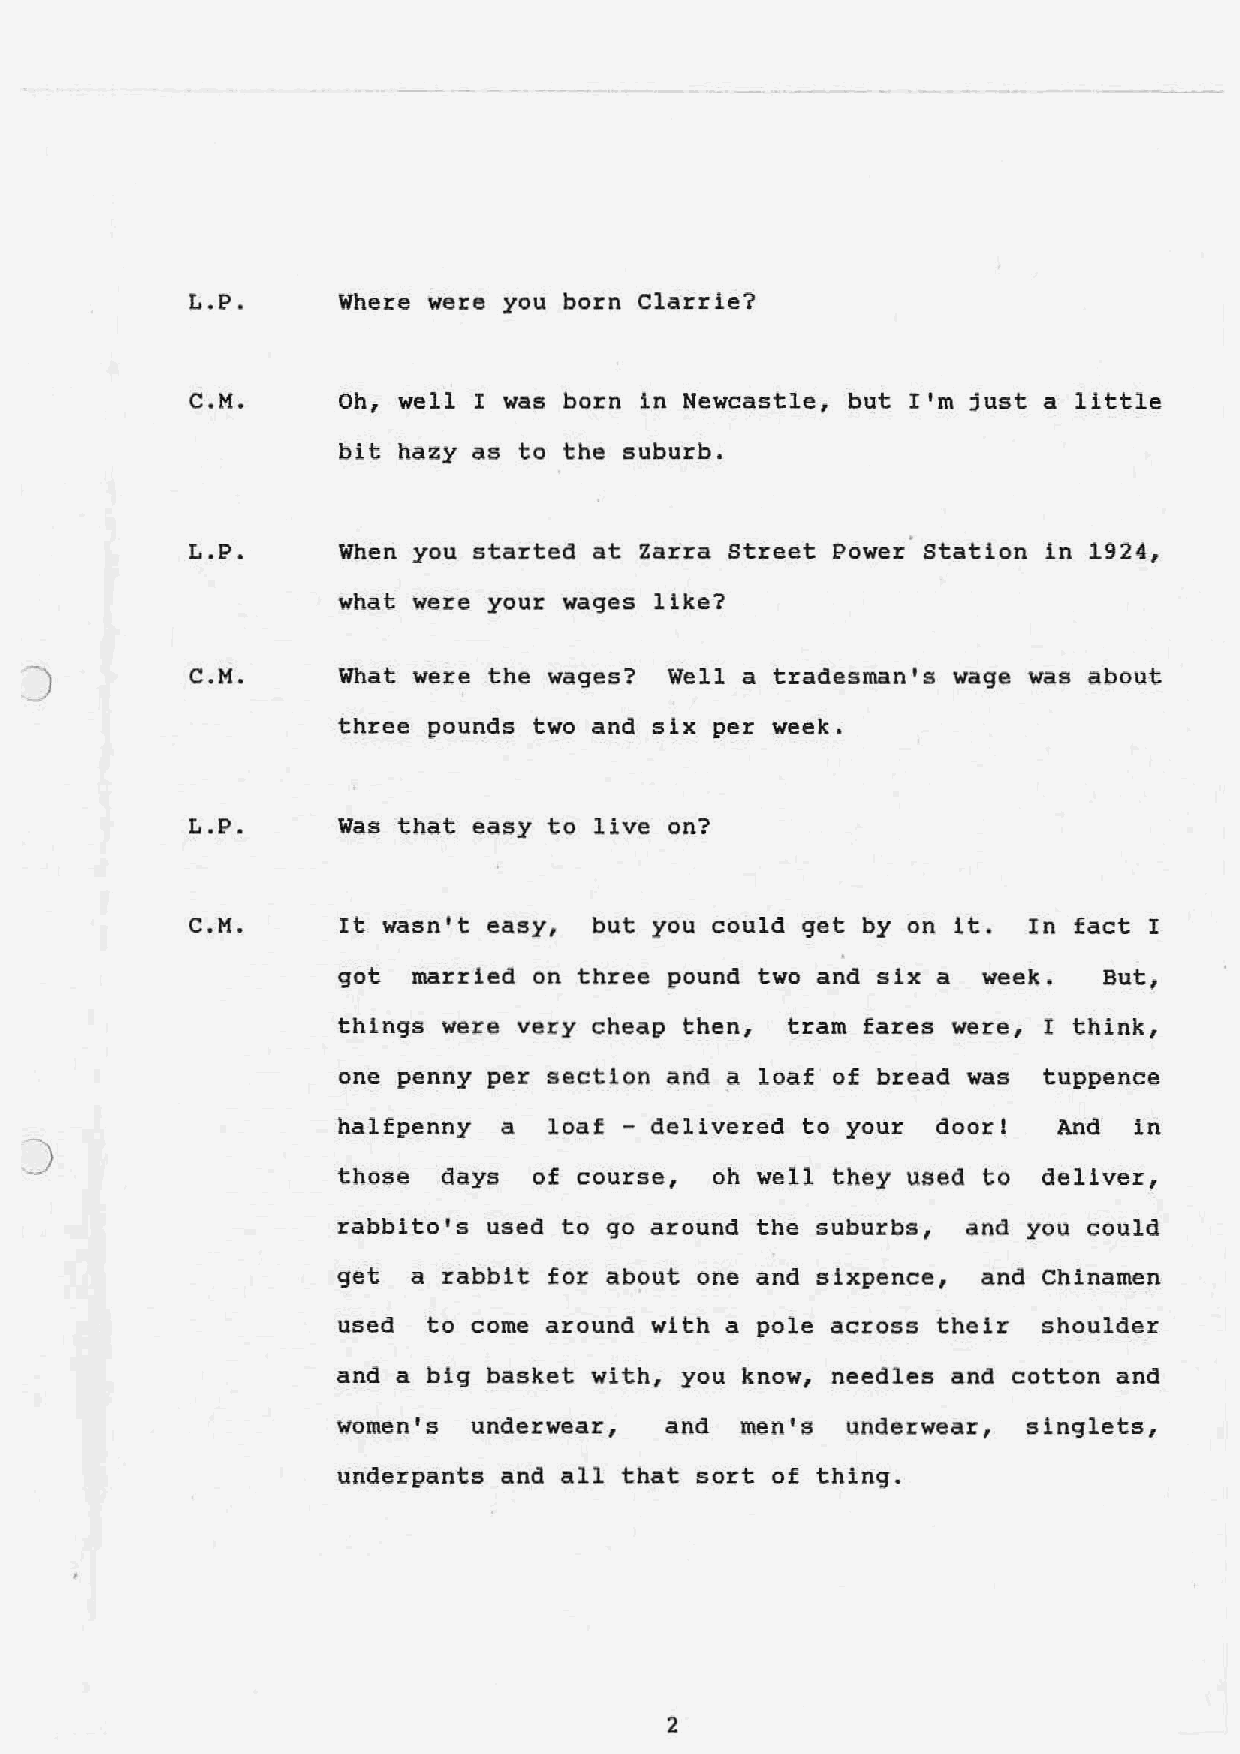
L.P.      Where were you born Clarrie?
 C.M.      Oh, well I was born in Newcastle, but I'm just a little
 bi t hazy as to the suburb.
 L.P.      When you started at Zarra Street Power' Station in 1924,
 what were your wages like?
 C.M.      What were the wages? Well a tradesman's wage was about
 three pounds two and six per week.
 L.P.     Was that easy to live on?
 C.M.      It wasn't easy, but you could get by on it.  In fact I
 got  married on three pound two and six a  week.   But,
 things were very cheap then,  tram fares were, I think,
 one penny per section and a loaf of bread was tuppence
 halfpenny  a  loaf - delivered to your  door!   And  in
 )
 those  days  of course,  oh well they used to  deliver,
 rabblto•s used to go around the suburbs,  and you could
 get  a rabbit for about one and sixpence,  and Chinamen
 used  to come around with a pole across their  shoulder
 and a big basket with, you know, needles and cotton and
 women's  underwear,   and  men's  underwear,  singlets,
 underpants and all that sort of thing.
 2